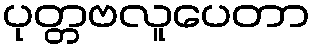
ပုတ္တဗလူပေတာ